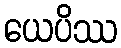
ယေပိဿ